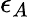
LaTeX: \epsilon_{A}